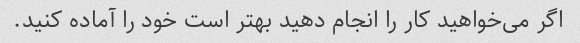
اگر می‌خواهید کار را انجام دهید بهتر است خود را آماده کنید.